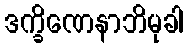
ဒက္ခိဏေနာဘိမုခါ